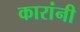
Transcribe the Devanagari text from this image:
कारांनी